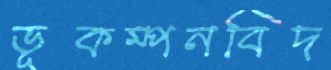
ভূকম্পনবিদ